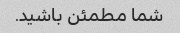
شما مطمئن باشید.